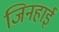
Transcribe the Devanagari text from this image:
जिनहाई